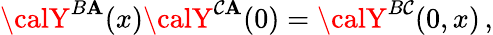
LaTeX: {\calY}^{B\mathbf{A}}(x){\calY}^{\mathcal{C}\mathbf{A}}(0)={\calY}^{B\mathcal{C}}(0,x)\, ,